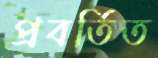
প্রবর্তিত